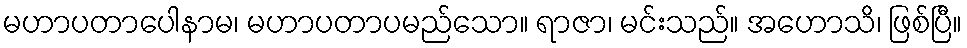
မဟာပတာပေါနာမ၊ မဟာပတာပမည်သော။ ရာဇာ၊ မင်းသည်။ အဟောသိ၊ ဖြစ်ပြီ။